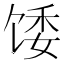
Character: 𫗪